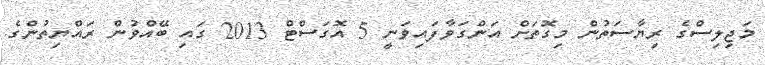
މަޖިލިސްގެ ރިޔާސަތުން މިގޮތަށް އަންގަވާފައިވަނީ 5 އޮގަސްޓް 2013 ގައި ބޭއްވުން ރައްޔިތުންގެ